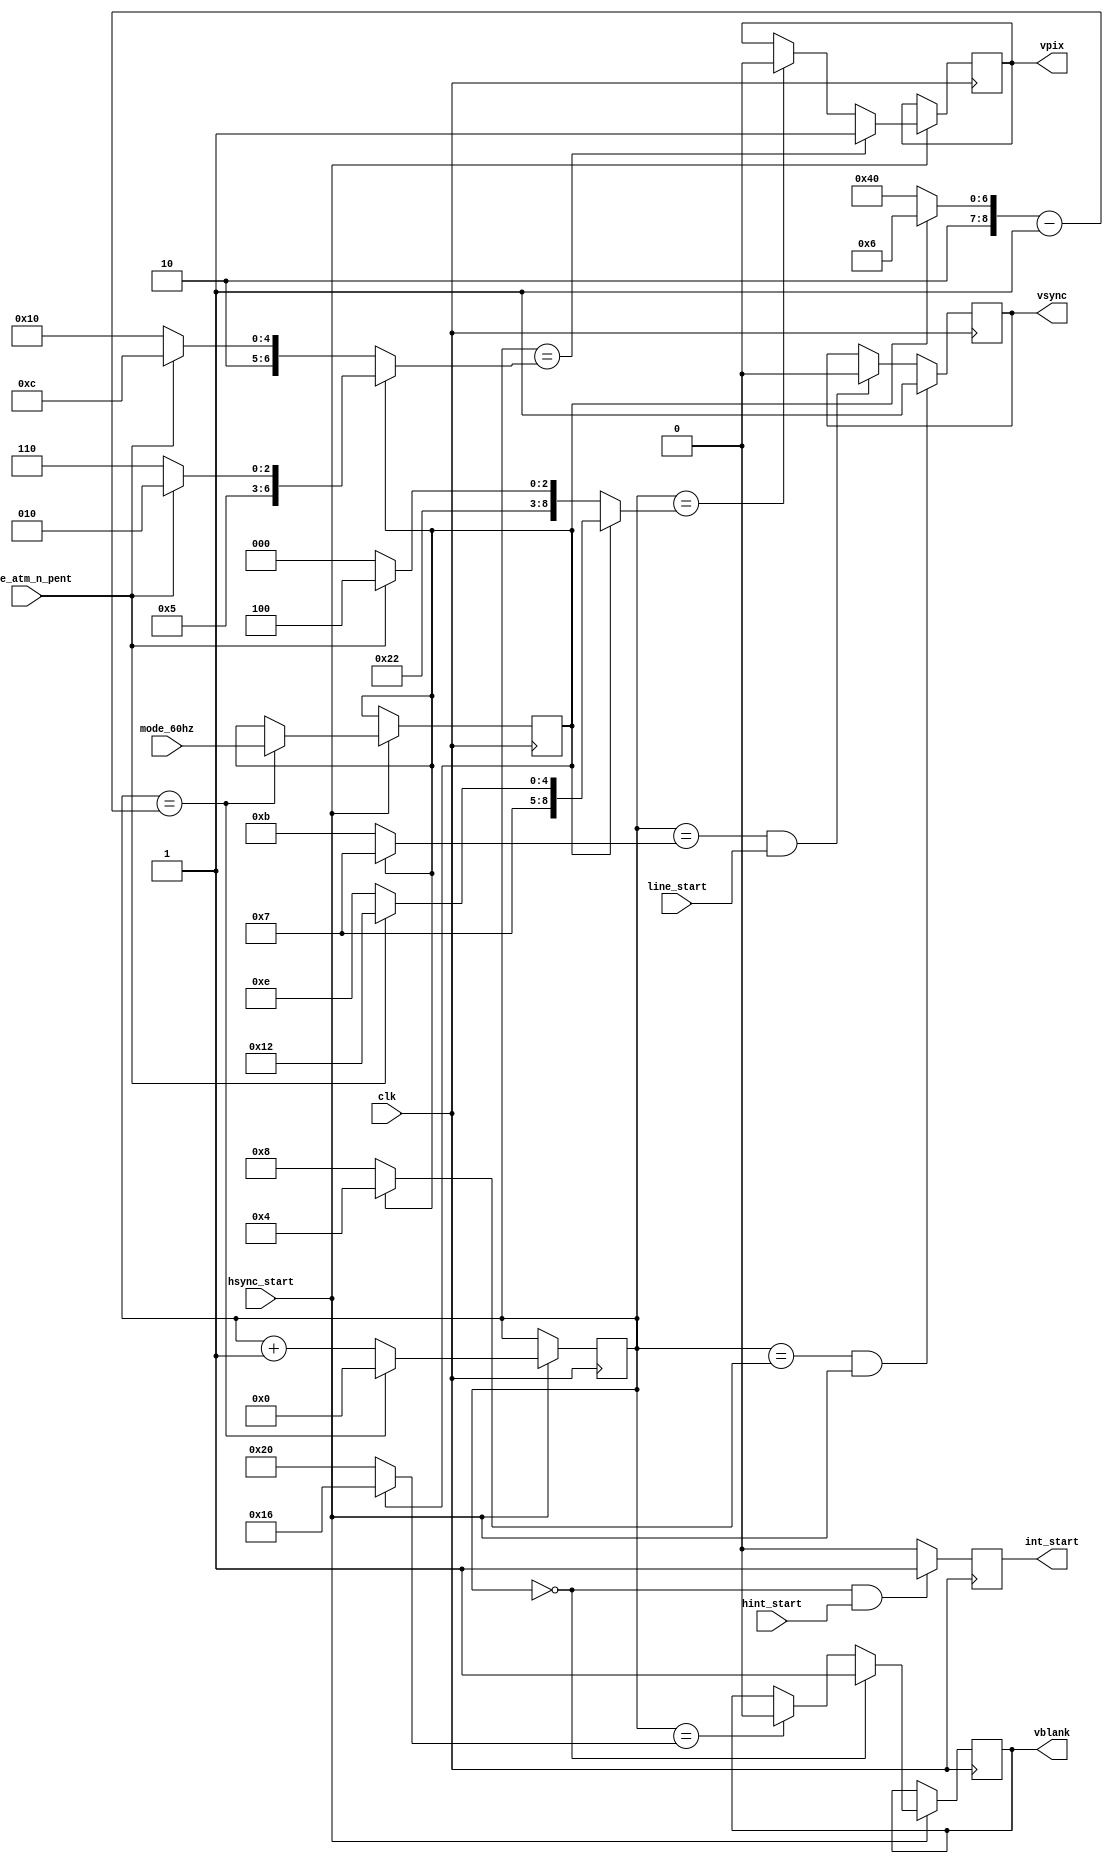
module video_sync_v(

	input  wire        clk,

	input  wire        hsync_start, // synchronizing signal
	input  wire        line_start,  // to end vsync some time after hsync has ended

	input  wire        hint_start,



	// atm video mode input
	input  wire        mode_atm_n_pent,

	input  wire 	   mode_60hz,


	output reg         vblank,
	output reg         vsync,

	output reg         int_start, // one-shot positive pulse marking beginning of INT for Z80

	output reg         vpix // vertical picture marker: active when there is line with pixels in it, not just a border. changes with hsync edge
);





	localparam VBLNK_BEG = 9'd00;
	localparam VSYNC_BEG = 9'd08;
	localparam VSYNC_END = 9'd11;
	localparam VBLNK_END = 9'd32;

	localparam INT_BEG = 9'd0;

	// pentagon (x192)
	localparam VPIX_BEG_PENT = 9'd080;
	localparam VPIX_END_PENT = 9'd272;

	// ATM (x200)
	localparam VPIX_BEG_ATM = 9'd076;
	localparam VPIX_END_ATM = 9'd276;

	localparam VPERIOD = 9'd320; // pentagono foreva!

	// ntsc
	localparam VSYNC60_BEG = 9'd04;
	localparam VSYNC60_END = 9'd07;
	localparam VBLNK60_END = 9'd22;
	// pentagon (x192)
	localparam VPIX60_BEG_PENT = 9'd046;
	localparam VPIX60_END_PENT = 9'd238;
	// ATM (x200)
	localparam VPIX60_BEG_ATM = 9'd042;
	localparam VPIX60_END_ATM = 9'd242;
	//
	localparam VPERIOD60 = 9'd262;

	reg [8:0] vcount;
	reg mode60;




	initial
	begin
		vcount = 9'd0;
		vsync = 1'b0;
		vblank = 1'b0;
		vpix = 1'b0;
		int_start = 1'b0;
	end

	always @(posedge clk) if( hsync_start )
	begin
		if( vcount==((mode60?VPERIOD60:VPERIOD)-9'd1) )
		begin
			vcount <= 9'd0;
			mode60 <= mode_60hz;
		end
		else
			vcount <= vcount + 9'd1;
	end



	always @(posedge clk) if( hsync_start )
	begin
		if( vcount==VBLNK_BEG )
			vblank <= 1'b1;
		else if( vcount==(mode60?VBLNK60_END:VBLNK_END) )
			vblank <= 1'b0;
	end


	always @(posedge clk)
	begin
		if( (vcount==(mode60?VSYNC60_BEG:VSYNC_BEG)) && hsync_start )
			vsync <= 1'b1;
		else if( (vcount==(mode60?VSYNC60_END:VSYNC_END)) && line_start  )
			vsync <= 1'b0;
	end


	always @(posedge clk)
	begin
		if( (vcount==INT_BEG) && hint_start )
			int_start <= 1'b1;
		else
			int_start <= 1'b0;
	end



	always @(posedge clk) if( hsync_start )
	begin
		if( vcount==(mode60?(mode_atm_n_pent ? VPIX60_BEG_ATM : VPIX60_BEG_PENT):(mode_atm_n_pent ? VPIX_BEG_ATM : VPIX_BEG_PENT)) )
			vpix <= 1'b1;
		else if( vcount==(mode60?(mode_atm_n_pent ? VPIX60_END_ATM : VPIX60_END_PENT):(mode_atm_n_pent ? VPIX_END_ATM : VPIX_END_PENT)) )
			vpix <= 1'b0;
	end


endmodule